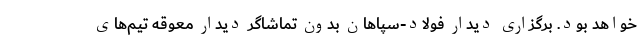
خواهد بود. برگزاری دیدار فولاد-سپاهان بدون تماشاگر دیدار معوقه تیم‌های